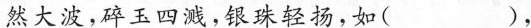
然大波，碎玉四溅，银珠轻扬，如( )，